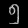
Digit: ၅